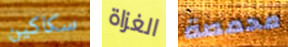
سكاكين الغزاة محمصة